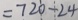
= 7 2 0 - 2 4